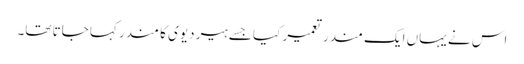
اس نے یہاں ایک مندر تعمیر کیا جسے ہیر دیوی کا مندر کہا جاتا تھا۔